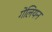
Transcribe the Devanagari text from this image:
गेलियन